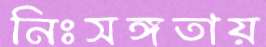
নিঃসঙ্গতায়